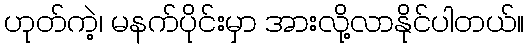
ဟုတ်ကဲ့၊ မနက်ပိုင်းမှာ အားလို့လာနိုင်ပါတယ်။